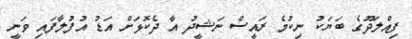
ފިއްލަދޫގެ ބަޔަކު ނިކުމެ ރައީސް ނަޝީދު އާ ދެކޮޅަށް އަޑު އުފުލާފައި ވަނީ